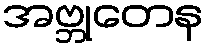
အဗ္ဘုတေန